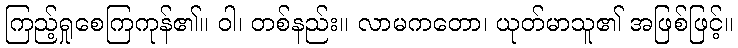
ကြည့်ရှုစေကြကုန်၏။ ဝါ၊ တစ်နည်း။ လာမကတော၊ ယုတ်မာသူ၏ အဖြစ်ဖြင့်။